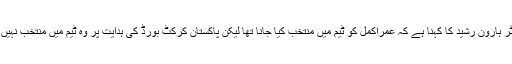
چیف سیلیکٹر ہارون رشید کا کہنا ہے کہ عمراکمل کو ٹیم میں منتخب کیا جانا تھا لیکن پاکستان کرکٹ بورڈ کی ہدایت پر وہ ٹیم میں منتخب نہیں کیے گئے۔